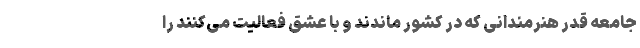
جامعه قدر هنرمندانی که در کشور ماندند و با عشق فعالیت می‌کنند را